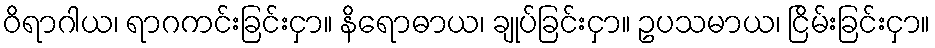
ဝိရာဂါယ၊ ရာဂကင်းခြင်းငှာ။ နိရောဓာယ၊ ချုပ်ခြင်းငှာ။ ဥပသမာယ၊ ငြိမ်းခြင်းငှာ။